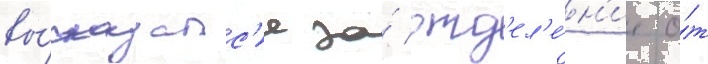
вы́сказалс'я за́ отд'ел'е́н'ие о́т